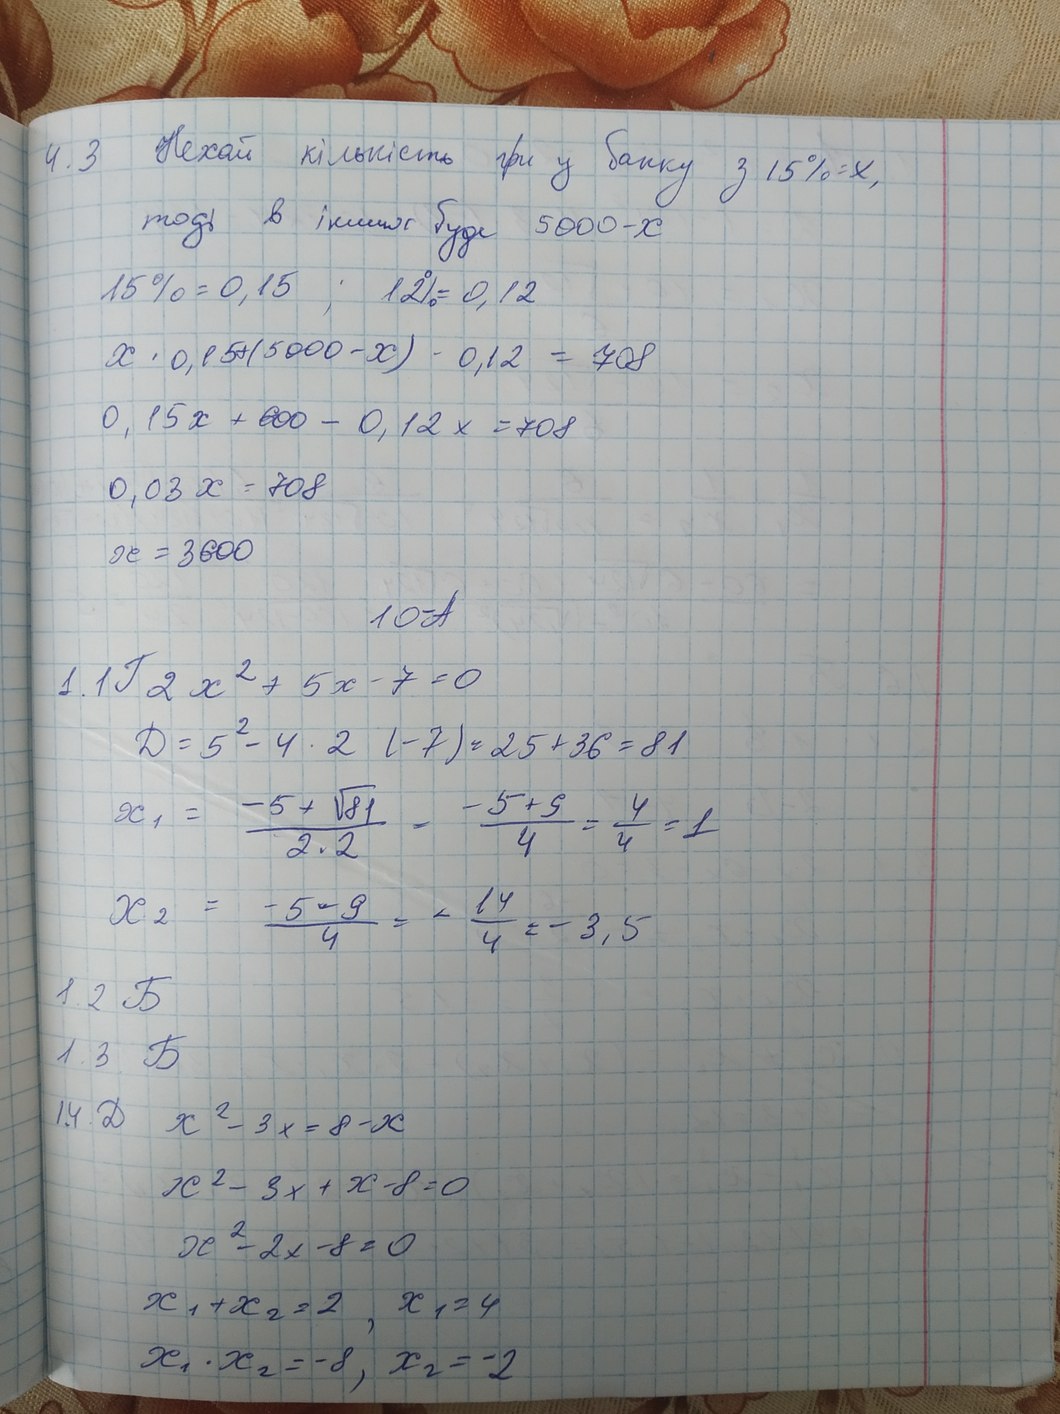
4.3 Нехай кількість грн у банку з 15% = x,
тоді в інших буде 5000-x
15 % = 0,15;
12% = 0,12
x · 0,15 + (5000 - x) · 0,12 = 708
0,15x + 600 - 0,12x = 708
0,03 x = 708
x = 3600
10-A
1.1 Г 2x^2 + 5x - 7 = 0
Д = 5^2 - 4 * 2 (-7) = 25 + 36 = 81
x_1 = \frac{-5 + \sqrt{81}}{2 \cdot 2} = \frac{-5 + 9}{4} = \frac{4}{4} = 1
x_2 = \frac{-5 - 9}{4} = -\frac{14}{4} = -3,5
1.2 Б
1.3 Б
1.4. Д x^2 - 3x = 8 - x
x^2 - 3x + x - 8 = 0
x^2 - 2x - 8 = 0
х1 + х2 = 2, х1 = 4
x_1 · x_2 = -8, x_2 = -2